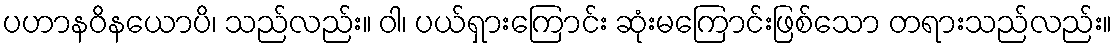
ပဟာနဝိနယောပိ၊ သည်လည်း။ ဝါ၊ ပယ်ရှားကြောင်း ဆုံးမကြောင်းဖြစ်သော တရားသည်လည်း။